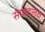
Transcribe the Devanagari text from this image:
संपादलक्ष